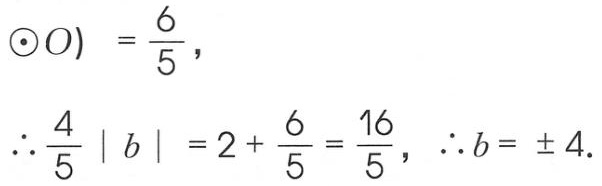
\begin{align*}
\odot O) &= \frac{6}{5},\\
\therefore \frac{4}{5}\left| b\right| &= 2 + \frac{6}{5}=\frac{16}{5}, \therefore b = \pm 4.
\end{align*}